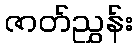
ဇာတ်ညွှန်း